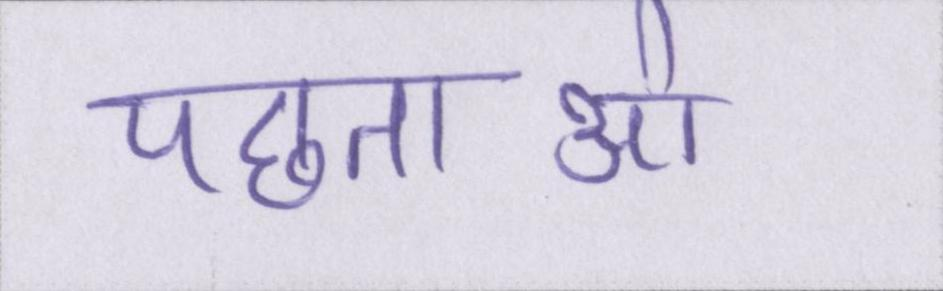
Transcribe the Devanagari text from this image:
पछताओ